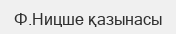
Ф.Ницше қазынасы